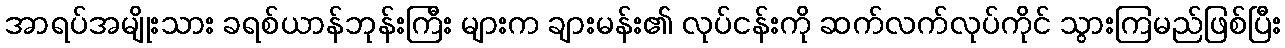
အာရပ်အမျိုးသား ခရစ်ယာန်ဘုန်းကြီး များက ချားမန်း၏ လုပ်ငန်းကို ဆက်လက်လုပ်ကိုင် သွားကြမည်ဖြစ်ပြီး